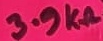
Text: 3.9KΩ